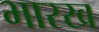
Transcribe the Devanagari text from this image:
भारख